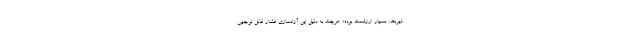
ذیربط، بسیار ارزشمند بوده؛ هرچند به دلیل این آزادسازی فشار قابل توجهی